Assam Mental Hospital (Tezpur, India) - 1933-1948
Year: 1933
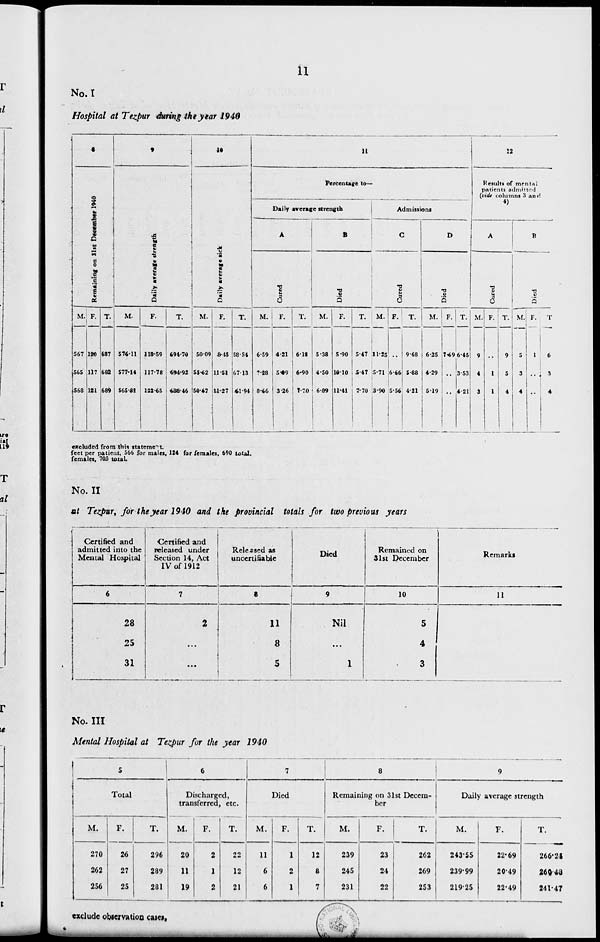
11
No. I
Hospital at Tezpur during the year 1940
8
Remaining on 31st December 1940
M.
567
565
568
F.
120
117
121
T.
687
682
689
9
Daily average strength
M.
574.11
577.14
565.21
F.
118.59
117.78
122.65
T.
694.70
694.92
488.46
10
Daily average sick
M.
50.09
55.62
50.67
F.
8.45
11.51
11.27
T.
58.54
67.13
41.94
11
Percentage to-
Daily average strength
A
Cured
M.
6.59
7.28
8.66
F.
4.21
5.09
3.26
T.
6.18
6.90
1.70
B
Died
M.
5.38
4.50
6.89
F.
5.90
10.10
11.41
T.
5.47
5.47
7.70
Admissions
C
Cured
M.
11.25
5.71
3.90
F.
..
6.66
5.56
T.
9.68
5.88
4.21
D
Died
M.
6.25
4.29
5.19
F.
7.49
..
..
T.
6.45
3.53
4.21
12
Results of mental
patients admitted
(vide columns 3 and
4)
A
Cured
M.
9
4
3
F.
..
1
l
T.
9
5
4
B
Died
M.
5
3
4
F.
1
..
..
T.
6
3
4
excluded from this statement.
feet per patient, 566 for males, 124 for females, 690 total.
females, 705 total.
No. II
at Tezpur, for the year 1940 and the provincial totals for two previous years
Certified and
admitted into the
Mental Hospital
6
28
25
31
Certified and
released under
Section 14, Act
IV of 1912
7
2
. ..
. ..
Released as
uncertifiable
8
11
8
5
Died
9
Nil
...
1
Remained on
31st December
10
5
4
3
Remarks
11
No. III
Mental Hospital at Tezpur for the year 1940
5
Total
M.
270
262
256
F.
26
27
25
T.
296
289
281
6
Discharged,
transferred, etc.
M.
20
11
19
F.
2
1
2
T.
22
12
21
7
Died
M.
11
6
6
F.
1
2
1
T.
12
8
7
8
Remaining on 31st Decem-
ber
M.
239
245
231
F.
23
24
22
T.
262
269
253
9
Daily average strength
M.
243.55
239.99
219.25
F.
22.69
20.49
22.49
T.
266.24
260.48
241.47
exclude observation cases.